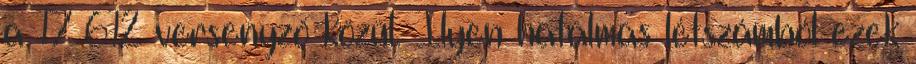
a 17 612 versenyző közül. Ilyen hatalmas létszámból ezek